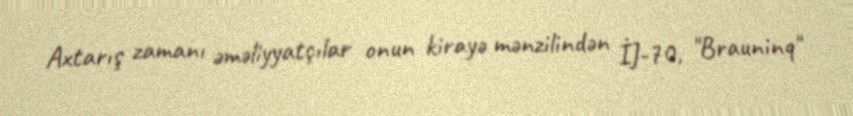
Axtarış zamanı əməliyyatçılar onun kirayə mənzilindən İJ-70, "Brauninq"